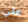
علي